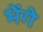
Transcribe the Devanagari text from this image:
भेंगे